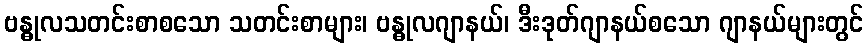
ဗန္ဓုလသတင်းစာစသော သတင်းစာများ၊ ဗန္ဓုလဂျာနယ်၊ ဒီးဒုတ်ဂျာနယ်စသော ဂျာနယ်များတွင်